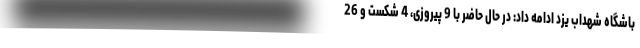
باشگاه شهداب یزد ادامه داد: در حال حاضر با 9 پیروزی، 4 شکست و 26